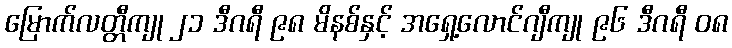
မြောက်လတ္တီကျု ၂၁ ဒီဂရီ ၉၈ မိနစ်နှင့် အရှေ့လောင်ဂျီကျု ၉၆ ဒီဂရီ ၀၈